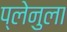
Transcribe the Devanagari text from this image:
प्लेनुला